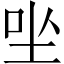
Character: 㘴